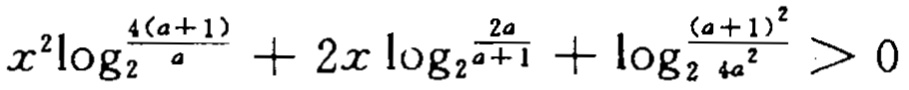
\(x^{2}\log_{2}^{\frac{4(a + 1)}{a}}+2x\log_{2}\frac{2a}{a + 1}+\log_{2}\frac{(a + 1)^{2}}{4a^{2}}>0\)